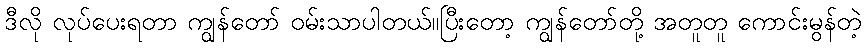
ဒီလို လုပ်ပေးရတာ ကျွန်တော် ဝမ်းသာပါတယ်။ပြီးတော့ ကျွန်တော်တို့ အတူတူ ကောင်းမွန်တဲ့